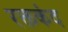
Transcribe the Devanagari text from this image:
रक्तकंद